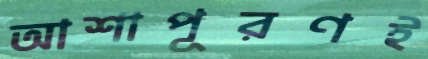
আশাপূরণই